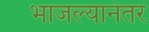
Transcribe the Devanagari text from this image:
भाजल्यानंतर